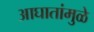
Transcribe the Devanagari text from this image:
आघातांमुळे